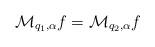
LaTeX: \begin{align*}\mathcal{M}_{q_1,\alpha}f = \mathcal{M}_{q_2,\alpha}f \end{align*}